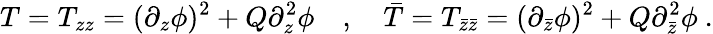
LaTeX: T=T_{zz}=(\partial_{z}\phi)^{2}+Q\partial_{z}^{2}\phi\quad,\quad{\bar{T}}=T_{{\bar{z}}{\bar{z}}}=(\partial_{\bar{z}}\phi)^{2}+Q\partial_{\bar{z}}^{2}\phi\ .